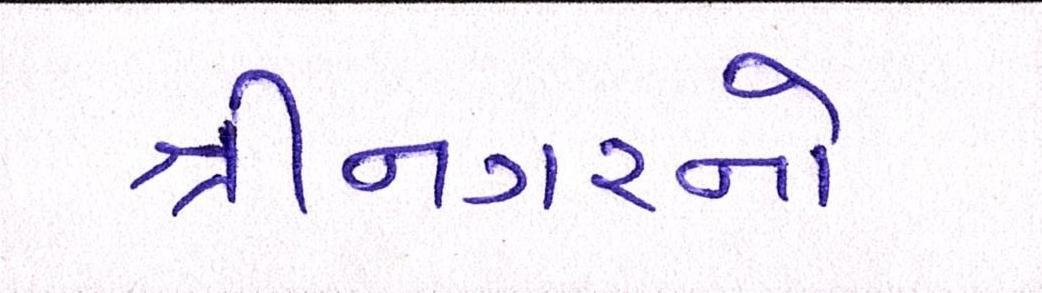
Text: શ્રીનગરનો